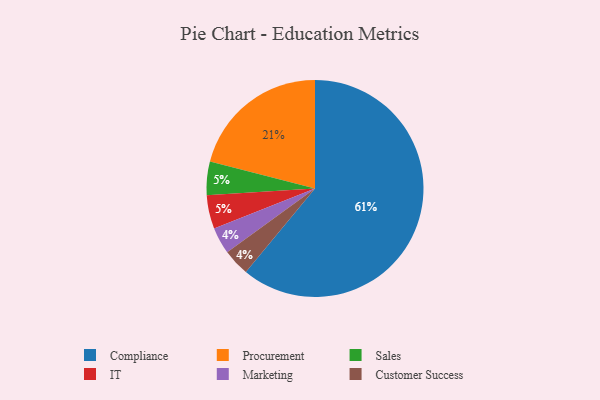
{"axis": {"x": "Category", "y": "Percentage"}, "legend": ["Compliance", "Customer Success", "IT", "Marketing", "Procurement", "Sales"], "data": [{"x": "Marketing", "y": 4, "type": "Marketing"}, {"x": "Procurement", "y": 21, "type": "Procurement"}, {"x": "Sales", "y": 5, "type": "Sales"}, {"x": "Customer Success", "y": 4, "type": "Customer Success"}, {"x": "IT", "y": 5, "type": "IT"}, {"x": "Compliance", "y": 61, "type": "Compliance"}]}